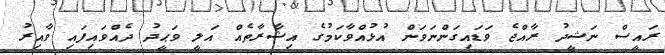
ރައީސް ނަޝީދު ރާއްޖެ ވަޑައިގަންނަވަން އުޅުއްވާކަމުގެ އިޝާރާތެއް އަލީ ވަޙީދު ދެއްވައިފައި ވާއިރު